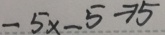
- 5 x - 5 \rightarrow 5